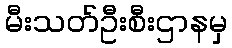
မီးသတ်ဦးစီးဌာနမှ